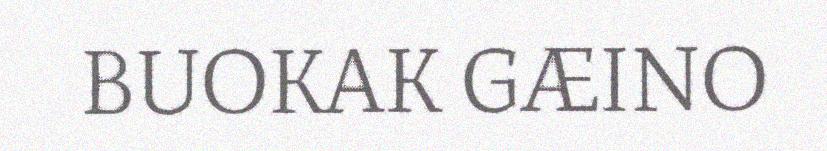
BUOKAK GÆINO